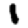
Digit: 1